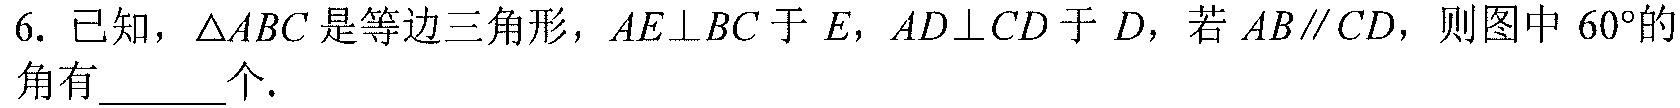
6. 已知，$\triangle ABC$是等边三角形，$AE\perp BC$于$E$，$AD\perp CD$于$D$，若$AB\parallel CD$，则图中$60^{\circ}$的角有______个.